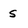
Character: S